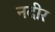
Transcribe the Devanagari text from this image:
नदीर